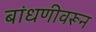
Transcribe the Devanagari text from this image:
बांधणीवरून